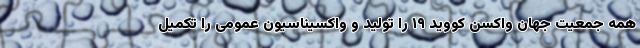
همه جمعیت جهان واکسن کووید ۱۹ را تولید و واکسیناسیون عمومی را تکمیل